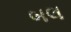
બલ